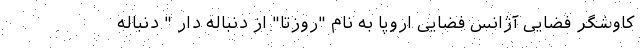
کاوشگر فضایی آژانس فضایی اروپا به نام "روزتا" از دنباله دار " دنباله